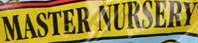
MASTER NURSERY